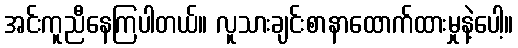
အင်းကူညီနေကြပါတယ်။ လူသားချင်းစာနာထောက်ထားမှုနဲ့ပေါ့။